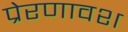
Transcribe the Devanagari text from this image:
प्रेरणावश